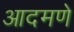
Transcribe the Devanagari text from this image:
आदमणे